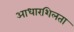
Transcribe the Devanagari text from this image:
आधारशिलता